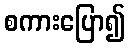
စကားပြော၍